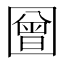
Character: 𭍳